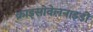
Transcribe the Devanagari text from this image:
क्राइसोवेलनाइडी